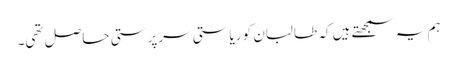
ہم یہ سمجھتے ہیں کہ طالبان کو ریاستی سرپرستی حاصل تھی۔